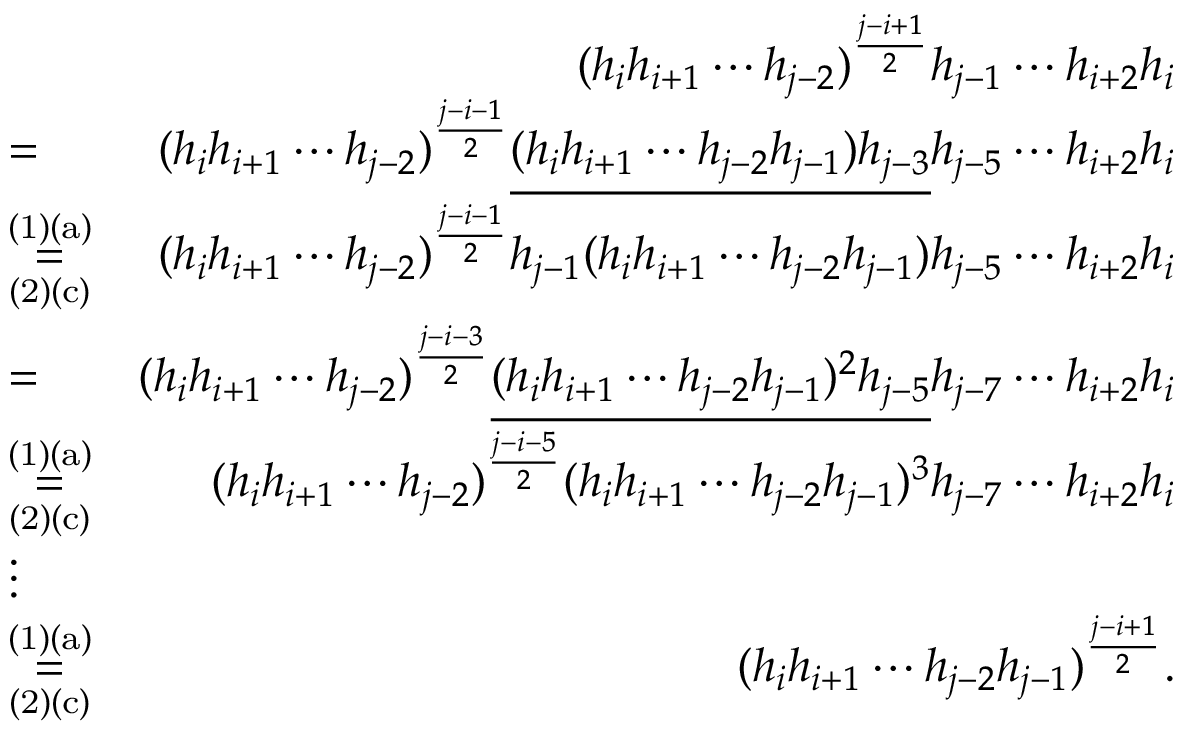
\begin{array} { r l r } & { } & { ( h _ { i } h _ { i + 1 } \cdots h _ { j - 2 } ) ^ { \frac { j - i + 1 } { 2 } } h _ { j - 1 } \cdots h _ { i + 2 } h _ { i } } \\ & { = } & { ( h _ { i } h _ { i + 1 } \cdots h _ { j - 2 } ) ^ { \frac { j - i - 1 } { 2 } } \underline { { ( h _ { i } h _ { i + 1 } \cdots h _ { j - 2 } h _ { j - 1 } ) h _ { j - 3 } } } h _ { j - 5 } \cdots h _ { i + 2 } h _ { i } } \\ & { \overset { \mathrm { ( 1 ) ( a ) } } { \underset { \mathrm { ( 2 ) ( c ) } } { = } } } & { ( h _ { i } h _ { i + 1 } \cdots h _ { j - 2 } ) ^ { \frac { j - i - 1 } { 2 } } h _ { j - 1 } ( h _ { i } h _ { i + 1 } \cdots h _ { j - 2 } h _ { j - 1 } ) h _ { j - 5 } \cdots h _ { i + 2 } h _ { i } } \\ & { = } & { ( h _ { i } h _ { i + 1 } \cdots h _ { j - 2 } ) ^ { \frac { j - i - 3 } { 2 } } \underline { { ( h _ { i } h _ { i + 1 } \cdots h _ { j - 2 } h _ { j - 1 } ) ^ { 2 } h _ { j - 5 } } } h _ { j - 7 } \cdots h _ { i + 2 } h _ { i } } \\ & { \overset { \mathrm { ( 1 ) ( a ) } } { \underset { \mathrm { ( 2 ) ( c ) } } { = } } } & { ( h _ { i } h _ { i + 1 } \cdots h _ { j - 2 } ) ^ { \frac { j - i - 5 } { 2 } } ( h _ { i } h _ { i + 1 } \cdots h _ { j - 2 } h _ { j - 1 } ) ^ { 3 } h _ { j - 7 } \cdots h _ { i + 2 } h _ { i } } \\ & { \vdots } & \\ & { \overset { \mathrm { ( 1 ) ( a ) } } { \underset { \mathrm { ( 2 ) ( c ) } } { = } } } & { ( h _ { i } h _ { i + 1 } \cdots h _ { j - 2 } h _ { j - 1 } ) ^ { \frac { j - i + 1 } { 2 } } . } \end{array}